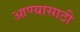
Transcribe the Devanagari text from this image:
आण्यासाठी